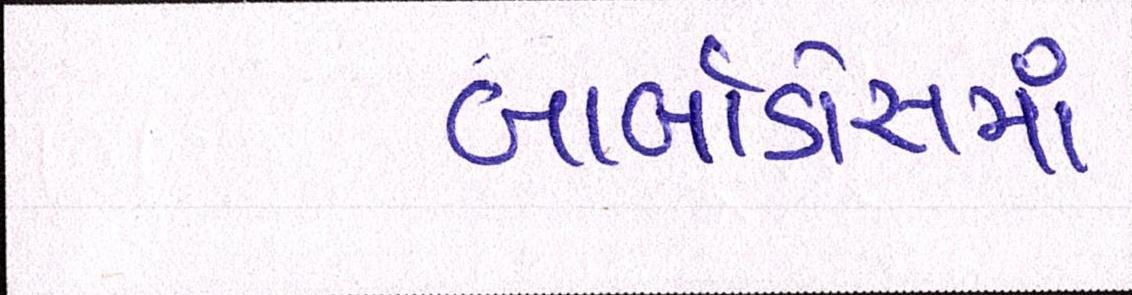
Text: બાર્બાડોસમાં